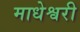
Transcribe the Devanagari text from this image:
माधेश्वरी